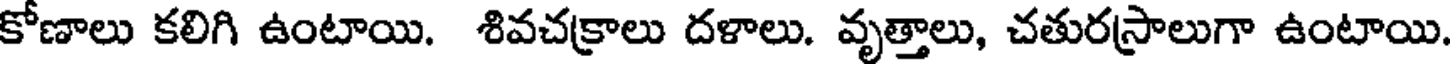
కోణాలు కలిగి ఉంటాయి. శివచక్రాలు దళాలు. వృత్తాలు, చతురస్రాలుగా ఉంటాయి.